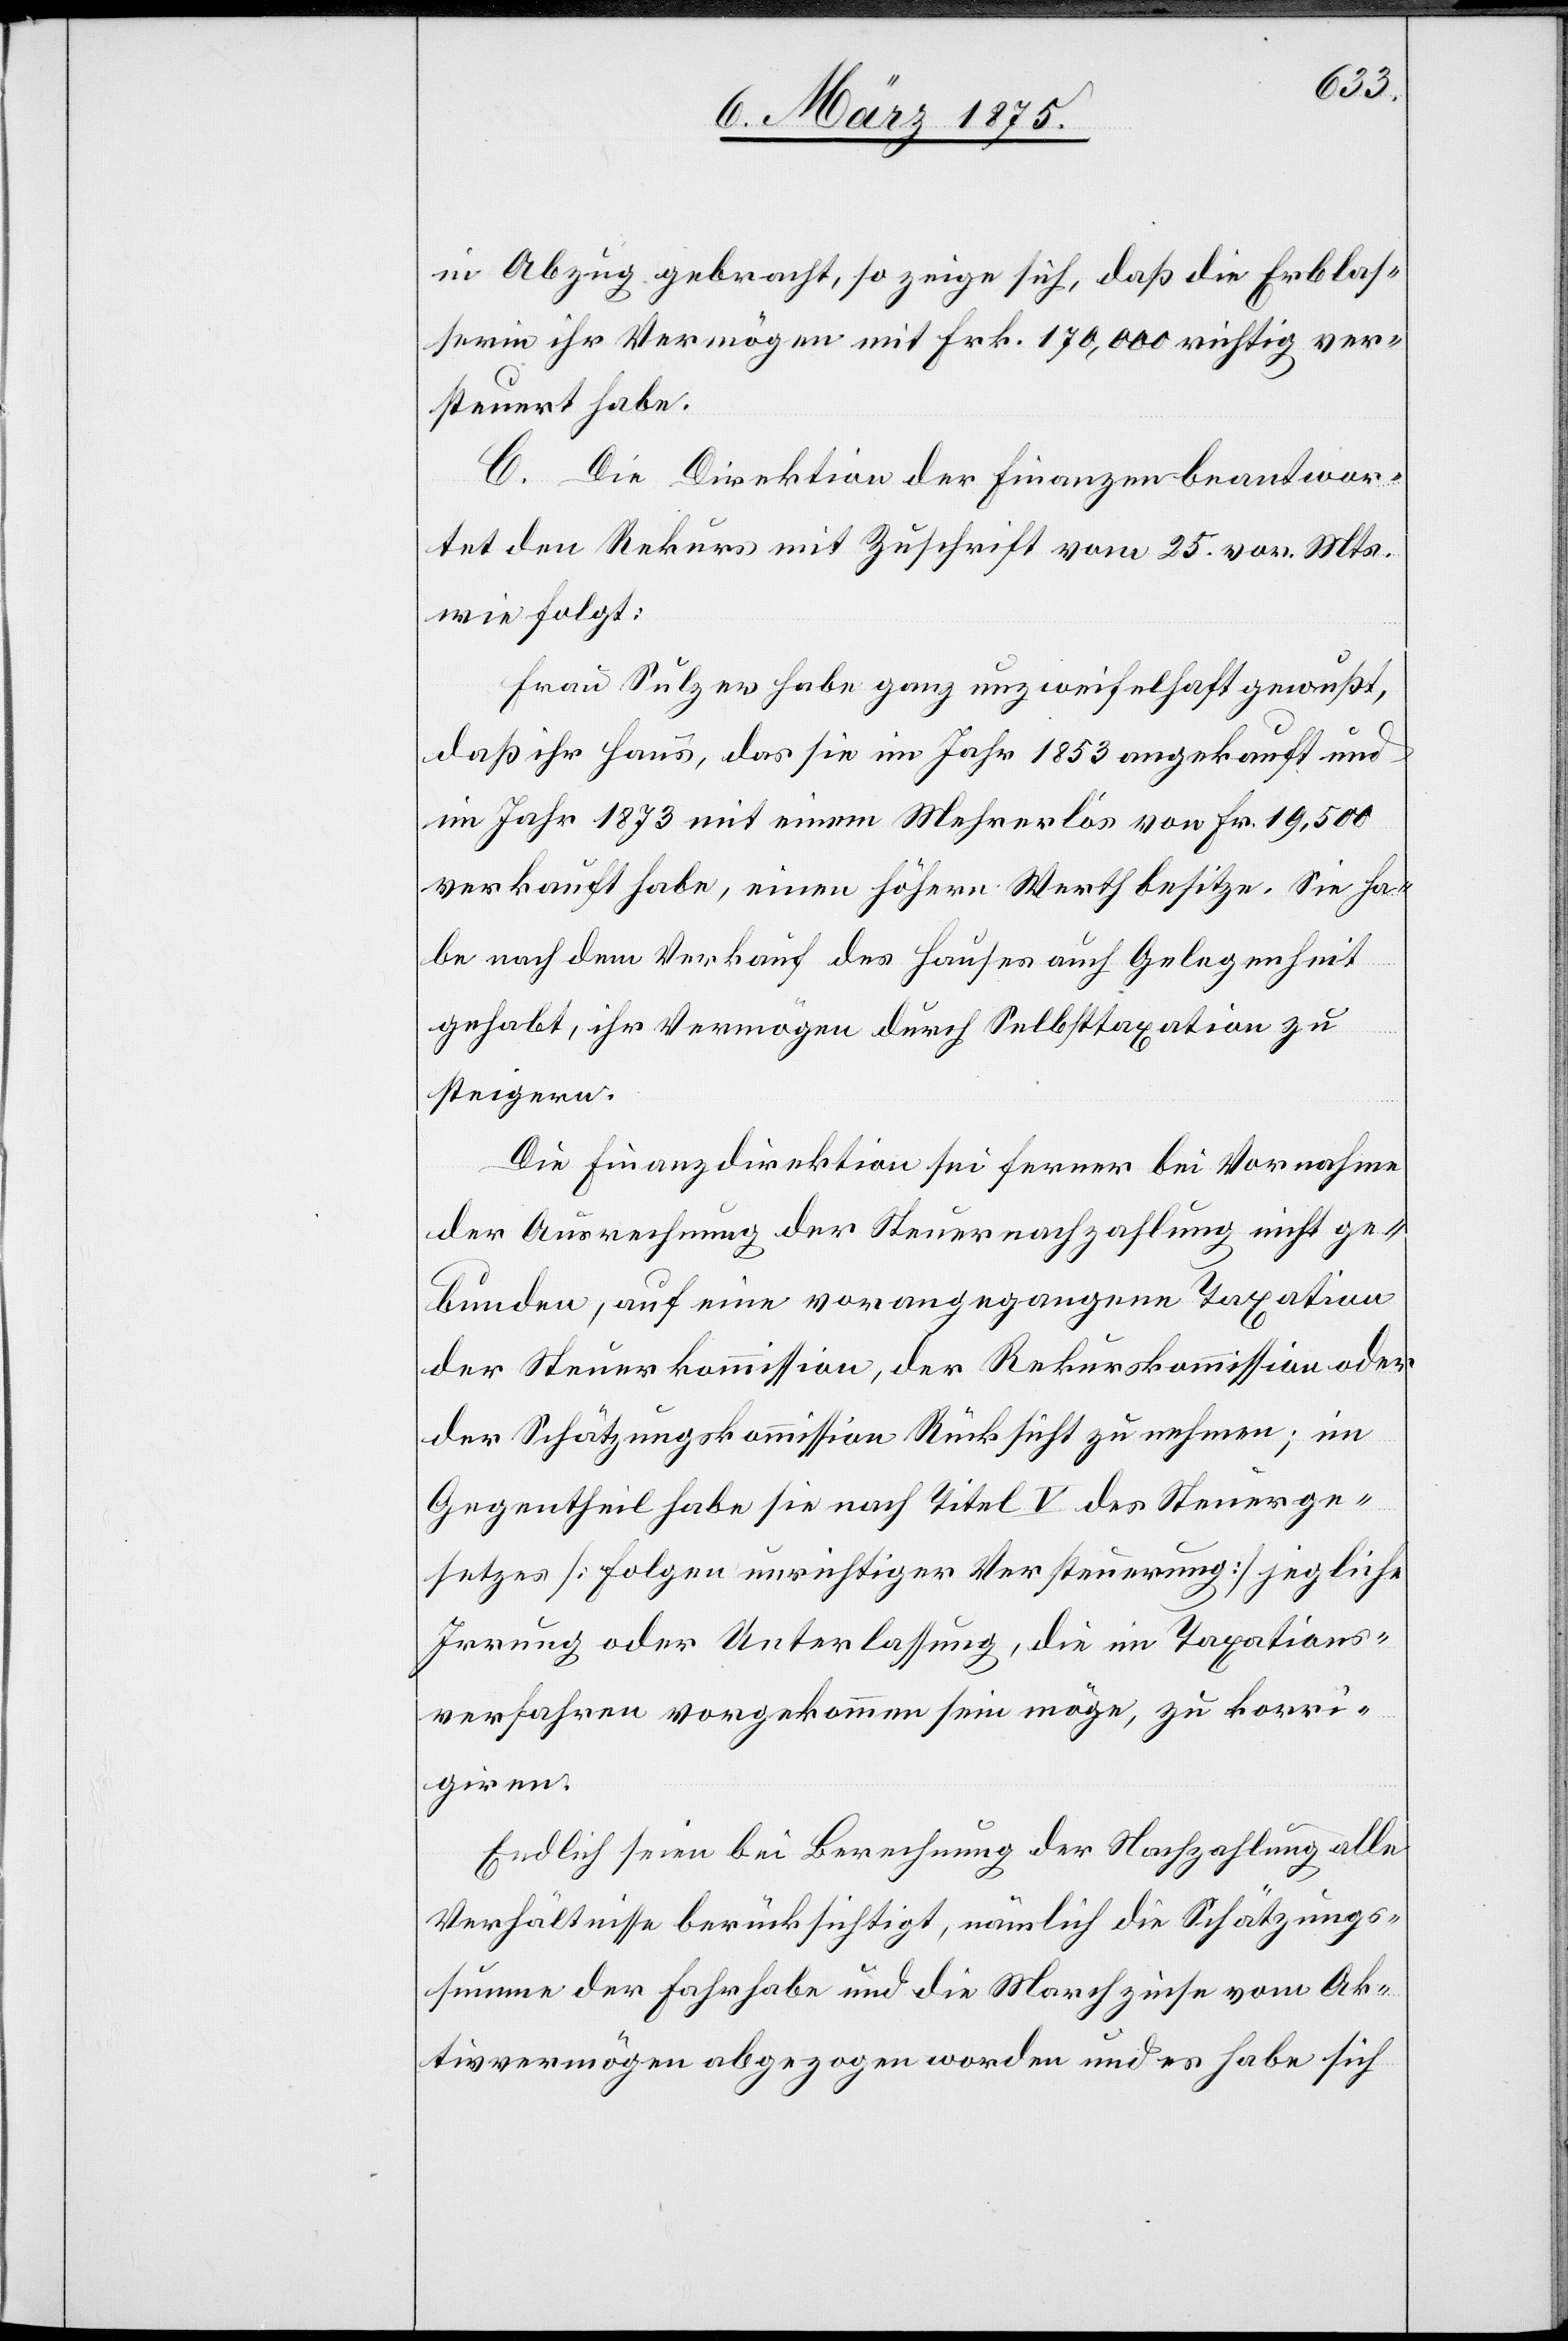
in Abzug gebracht, so zeige sich, daß die Erblas¬
serin ihr Vermögen mit Frk. 170,000 richtig ver¬
steuert habe.
C. Die Direktion der Finanzen beantwor¬
tet den Rekurs mit Zuschrift vom 25. vor. Mts.
wie folgt:
Frau Sulzer habe ganz unzweifelhaft gewußt,
daß ihr Haus, das sie im Jahr 1853 angekauft und
im Jahr 1873 mit einem Mehrerlös Fr. 19,500
verkauft habe, einen höhere Werth besitze. Sie ha¬
be nach dem Verkauf des Hauses auch Gelegenheit
gehabt, ihr Vermögen durch Selbsttaxation zu
steigern.
Die Finanzdirektion sei ferner bei Vornahme
der Ausrechnung der Steuernachzahlung nicht ge¬
bunden, auch eine vorangegangene Taxation
der Steuerkommission, der Rekurskommission oder
der Schätzungskommission Rücksicht zu nehmen; im
Gegentheil habe sie nach Titel V des Steuerge¬
setzes [Folgen unrichtiger Versteuerung] jegliche
Irrung oder Unterlassung, die in Taxations¬
verfahren vorgekommen sein möge, zu korri¬
giren.
Entlich seien bei Berechnung der Nachzahlung alle
Verhältnisse berücksichtigt, nämlich die Schätzungs¬
summe der Fahrhabe und die Marchzinse vom Ak¬
tivvermögen abgezogen worden und es habe sich